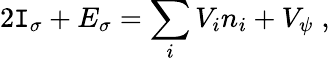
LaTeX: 2\mathtt{I}_{\sigma}+E_{\sigma}=\sum_{i}V_{i}n_{i}+V_{\psi}\; ,